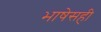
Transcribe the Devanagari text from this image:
भाषेसही